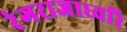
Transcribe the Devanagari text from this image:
रंगराजाध्वरि